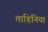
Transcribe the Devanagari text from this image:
ताहिनिया